Calcutta medical institutions reports 1892-1900
Year: 1892
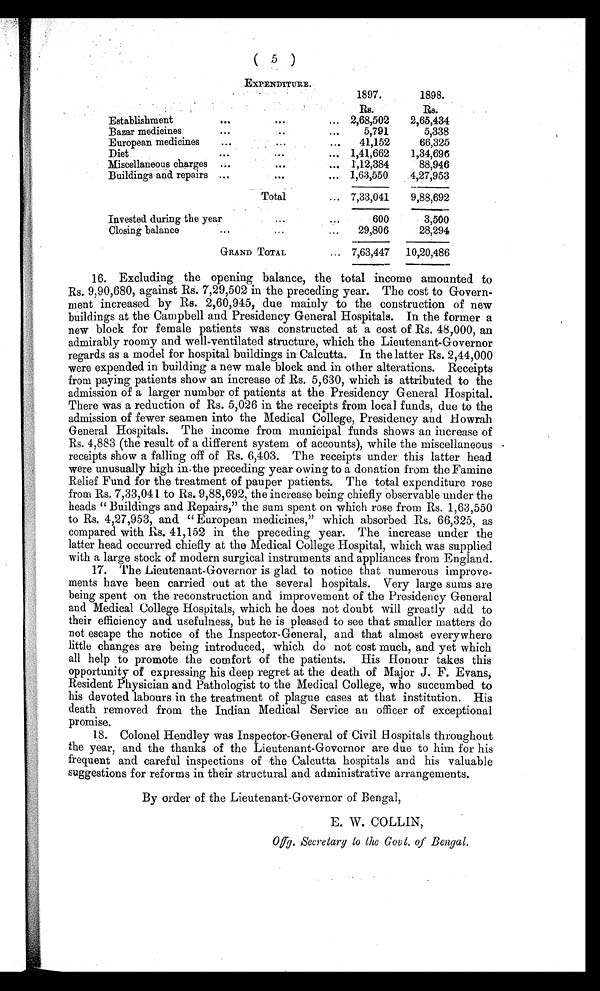
( 5 )
EXPENDITURE.
1897.
1898.
Rs.
Rs.
Establishment
. . .
. . .
... 2,68,502
2,65,434
Bazar medicines
. . .
. . .
. . .
5,791
5,338
European medicines
...
. . .
...
41,152
66,325
Diet
. . .
. . .
... 1,41,662
1,34,696
Miscellaneous charges ...
. . .
... 1,12,384
88,946
Buildings and repairs ...
. . .
... 1,63,550
4,27,953
Total
... 7,33,041
9,88,692
Invested during the year
...
. . .
600
3,500
Closing balance
. . .
...
...
29,806
28,294
GRAND TOTAL
... 7,63,447 10,20,486
16. Excluding the opening balance, the total income amounted to
Rs. 9,90,680, against Rs. 7,29,502 in the preceding year. The cost to Govern-
ment increased by Rs. 2,60,945, due mainly to the construction of new
buildings at the Campbell and Presidency General Hospitals. In the former a
new block for female patients was constructed at a cost of Rs. 48,000, an
admirably roomy and well-ventilated structure, which the Lieutenant-Governor
regards as a model for hospital buildings in Calcutta. In the latter Rs. 2,44,000
were expended in building a new male block and in other alterations. Receipts
from paying patients show an increase of Rs. 5,630, which is attributed to the
admission of a larger number of patients at the Presidency General Hospital.
There was a reduction of Rs. 5,026 in the receipts from local funds, due to the
admission of fewer seamen into the Medical College, Presidency and Howrah
General Hospitals. The income from municipal funds shows an increase of
Rs. 4,883 (the result of a different system of accounts), while the miscellaneous
receipts show a falling off of Rs. 6,403. The receipts under this latter head
were unusually high in the preceding year owing to a donation from the Famine
Relief Fund for the treatment of pauper patients. The total expenditure rose
from Rs. 7,33,041 to Rs. 9,88,692, the increase being chiefly observable under the
heads " Buildings and Repairs," the sum spent on which rose from Rs. 1,63,550
to Rs. 4,27,953, and " European medicines," which absorbed Rs. 66,325, as
compared with Rs. 41,152 in the preceding year. The increase under the
latter head occurred chiefly at the Medical College Hospital, which was supplied
with a large stock of modern surgical instruments and appliances from England.
17. The Lieutenant-Governor is glad to notice that numerous improve-
ments have been carried out at the several hospitals. Very large sums are
being spent on the reconstruction and improvement of the Presidency General
and Medical College Hospitals, which he does not doubt will greatly add to
their efficiency and usefulness, but he is pleased to see that smaller matters do
not escape the notice of the Inspector-General, and that almost everywhere
little changes are being introduced, which do not cost much, and yet which
all help to promote the comfort of the patients. His Honour takes this
opportunity of expressing his deep regret at the death of Major J. F. Evans,
Resident Physician and Pathologist to the Medical College, who succumbed to
his devoted labours in the treatment of plague cases at that institution. His
death removed from the Indian Medical Service an officer of exceptional
promise.
18. Colonel Hendley was Inspector-General of Civil Hospitals throughout
the year, and the thanks of the Lieutenant-Governor are due to him for his
frequent and careful inspections of the Calcutta hospitals and his valuable
suggestions for reforms in their structural and administrative arrangements.
By order of the Lieutenant-Governor of Bengal,
E. W. COLLIN,
Offg. Secretary to the Govt. of Bengal.